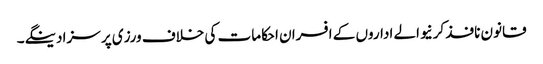
قانون نافذ کرنیوالے اداروں کے افسران احکامات کی خلاف ورزی پر سزا دینگے۔